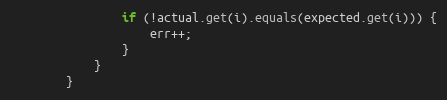
Language: Java
                if (!actual.get(i).equals(expected.get(i))) {
                    err++;
                }
            }
        }